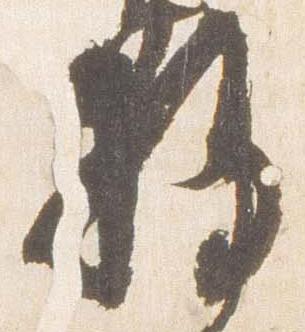
将